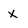
Character: X